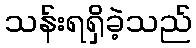
သန်းရရှိခဲ့သည်